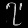
Digit: ၇